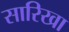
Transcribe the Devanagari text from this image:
सारिखा